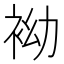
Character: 袎